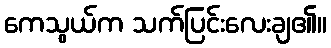
ကေသွယ်က သက်ပြင်းလေးချ၏။